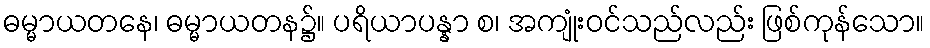
ဓမ္မာယတနေ၊ ဓမ္မာယတန၌။ ပရိယာပန္နာ စ၊ အကျုံးဝင်သည်လည်း ဖြစ်ကုန်သော။